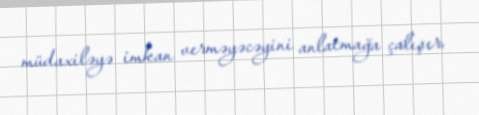
müdaxiləyə imkan verməyəcəyini anlatmağa çalışır.